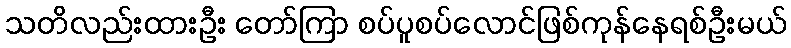
သတိလည်းထားဦး တော်ကြာ စပ်ပူစပ်လောင်ဖြစ်ကုန်နေရစ်ဦးမယ်